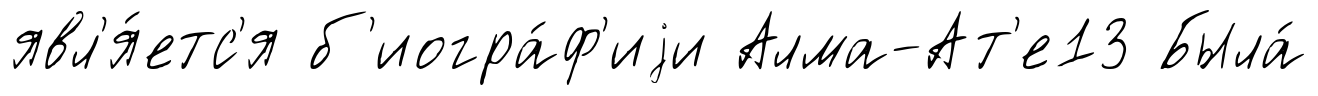
явл'я́етс'я б'иогра́ф'иjи Алма-Ат'е13 Была́